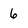
Character: 6